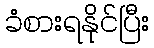
ခံစားရနိုင်ပြီး